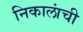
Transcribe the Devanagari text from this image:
निकालांची